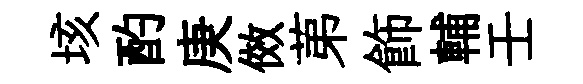
垓酌庚傚苐飾輔壬